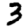
Digit: 3